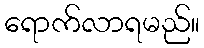
ရောက်လာရမည်။